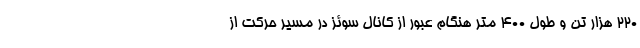
۲۲۰ هزار تُن و طول ۴۰۰ متر هنگام عبور از کانال سوئز در مسیر حرکت از